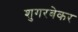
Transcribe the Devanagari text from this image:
शुगरबेकर